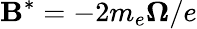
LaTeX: {\mathbf B^{*}=-2m_{e}\boldsymbol\Omega/e}